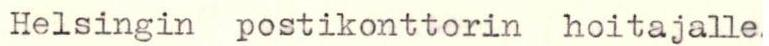
Helsingin postikonttorin hoitajalle.